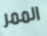
الممر